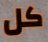
كل